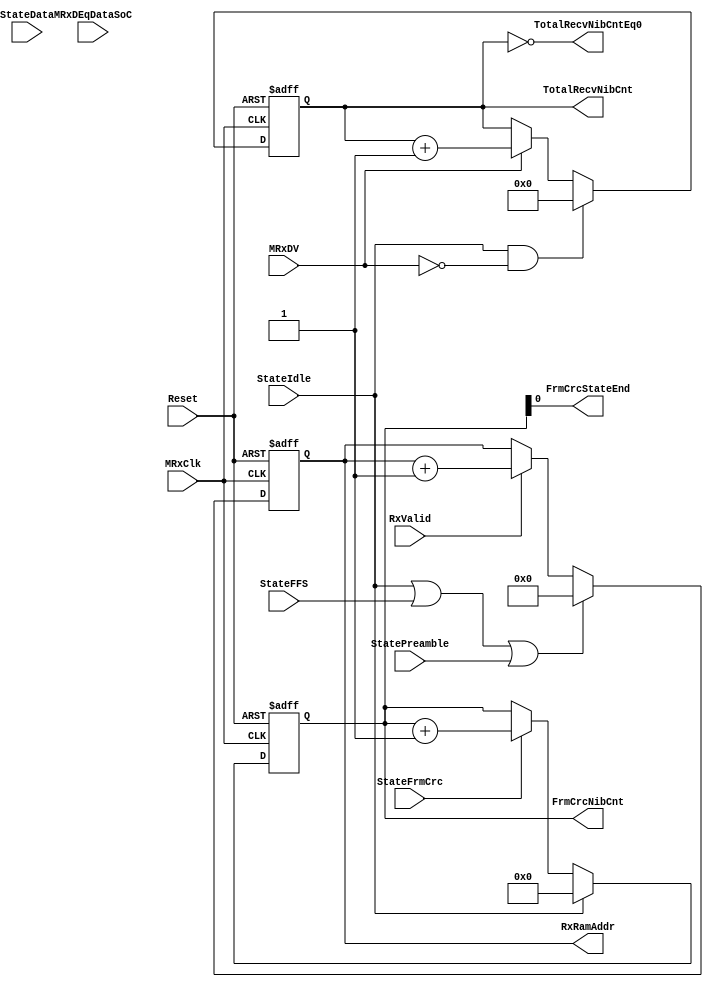
module fb_rxcounters 
  (
   MRxClk, Reset, MRxDV, RxValid,
   StateIdle, StateFFS, StatePreamble, StateData, StateFrmCrc,
   MRxDEqDataSoC, TotalRecvNibCntEq0, TotalRecvNibCnt, RxRamAddr, FrmCrcNibCnt, FrmCrcStateEnd
   );

input         MRxClk;
input         Reset;
input         MRxDV;
input         RxValid;
input         StateIdle;
input         StateFFS;
input         StatePreamble;
input  [1:0]  StateData;
input         StateFrmCrc;

input         MRxDEqDataSoC;

output        TotalRecvNibCntEq0;            // Received Nibble counter = 0
output [15:0] TotalRecvNibCnt;               // Received Nibble counter
output [7: 0] RxRamAddr;
output [3: 0] FrmCrcNibCnt;
output        FrmCrcStateEnd;


reg   [15:0]  TotalRecvNibCnt;
reg   [7:0]   RxRamAddr;
reg   [3: 0]  FrmCrcNibCnt;

wire          ResetTotalRecvNibCnt;
wire          IncrementTotalRecvNibCnt;
assign        ResetTotalRecvNibCnt =  StateIdle & ~MRxDV;
assign        IncrementTotalRecvNibCnt =  MRxDV  ;

always @ (posedge MRxClk or posedge Reset)
begin
  if(Reset)
    TotalRecvNibCnt[15:0] <=  16'd0;
  else
    begin
      if(ResetTotalRecvNibCnt)
        TotalRecvNibCnt[15:0] <=  16'd0;
      else
      if(IncrementTotalRecvNibCnt)
        TotalRecvNibCnt[15:0] <=  TotalRecvNibCnt[15:0] + 16'd1;
     end
end

assign TotalRecvNibCntEq0       = TotalRecvNibCnt == 16'd0;


wire          ResetRxRamAddr;
wire          IncrementRxRamAddr;
assign ResetRxRamAddr =  StateIdle | StateFFS | StatePreamble;
assign IncrementRxRamAddr = RxValid ;

always @ (posedge MRxClk or posedge Reset)
begin
  if(Reset)
    RxRamAddr[7:0] <=  8'd0;
  else
    begin
      if(ResetRxRamAddr)
        RxRamAddr[7:0] <=  8'd0;
      else
      if(IncrementRxRamAddr)
        RxRamAddr[7:0] <=  RxRamAddr[7:0] + 8'd1;
     end
end


wire IncrementFrmCrcNibCnt;
wire ResetFrmCrcNibCnt;

assign IncrementFrmCrcNibCnt = StateFrmCrc ;
assign ResetFrmCrcNibCnt =  StateIdle ;
assign FrmCrcStateEnd    = FrmCrcNibCnt[0] ; // CRC always has two nibbles

always @ (posedge MRxClk or posedge Reset)
begin
  if(Reset)
    FrmCrcNibCnt <=  4'b0;
  else
    begin
      if(ResetFrmCrcNibCnt)
        FrmCrcNibCnt <=  4'b0;
      else
      if(IncrementFrmCrcNibCnt)
        FrmCrcNibCnt <=  FrmCrcNibCnt + 4'b0001;
     end
end


endmodule